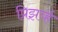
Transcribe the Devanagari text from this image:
प्रिझर्व्ह